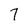
Character: 7